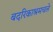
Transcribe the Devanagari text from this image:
बदरिकाश्रमचले